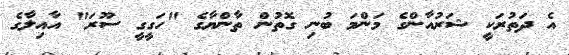
އެ ދަތުރަކީ ޝަރުއާންގެ މަންމަ ބުނި ގޮތުން ތާންޔާގެ "ހަގީގީ ސޫރަ" އާއިލާގެ